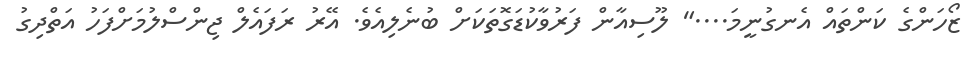
ޒޯހަންގެ ކަންތައް އެނގުނީމަ...." ލޫސިއާން ފަރުވާކުޑަގޮތަކަށް ބުނެލިއެވެ. އޭރު ރަފައެލް ޖިންސްލުމަށްފަހު އަތްދިގު